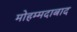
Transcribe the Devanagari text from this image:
मोहम्‍मदाबाद